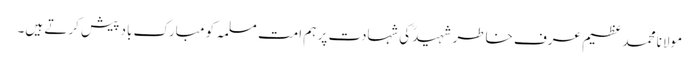
مولانا محمد عظیم عرف خاطر شہیدؒ کی شہادت پر ہم امت مسلمہ کو مبارک باد پیش کرتے ہیں۔